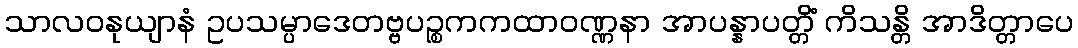
သာလဝနုယျာနံ ဥပသမ္ပာဒေတဗ္ဗပဉ္စကကထာဝဏ္ဏနာ အာပန္နာပတ္တိံ ကိသန္တိ အာဒိတ္တာပေ